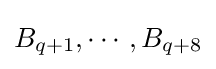
B_{q+1},\cdots ,B_{q+8}